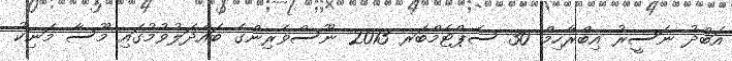
އަބްދު ނަސީރު އިބްރާހިމް 30 ސެޕްޓެމްބަރ 2013 ނޫސްވެރިންގެ ބައްދަލުވުމުގައި މޫސާ މަނިކު